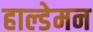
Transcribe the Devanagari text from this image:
हाल्डेमन